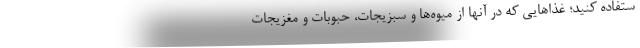
ستفاده کنید؛ غذاهایی که در آنها از میوه‌ها و سبزیجات، حبوبات و مغزیجات